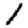
Digit: 1